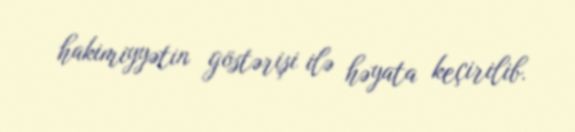
hakimiyyətin göstərişi ilə həyata keçirilib.